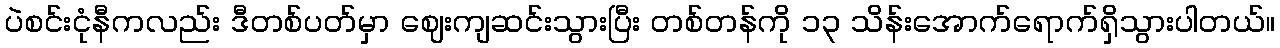
ပဲစင်းငုံနီကလည်း ဒီတစ်ပတ်မှာ ဈေးကျဆင်းသွားပြီး တစ်တန်ကို ၁၃ သိန်းအောက်ရောက်ရှိသွားပါတယ်။